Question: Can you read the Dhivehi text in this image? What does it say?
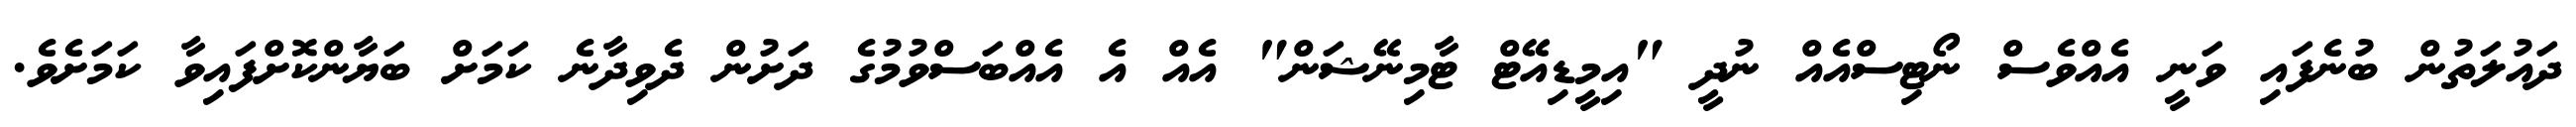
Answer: ދައުލަތުން ބުނެފައި ވަނީ އެއްވެސް ނޯޓިސްއެއް ނުދީ "އިމީޑިއޭޓް ޓާމިނޭޝަން" އެއް އެ އެއްބަސްވުމުގެ ދަށުން ދެވިދާނެ ކަމަށް ބަޔާންކޮށްފައިވާ ކަމަށެވެ.